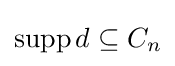
\operatorname {supp} d\subseteq C_{n}